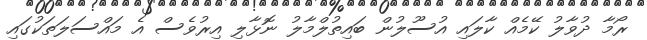
ރޯމާ ދުވާލު ކޭމެއް ކާލައި އުސޫލުން ބައިތުލްމާލު ނޮޅާލި އިރުވެސް އެ މައްސަލަަތަކުގައި